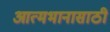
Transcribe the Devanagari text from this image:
आत्मभानासाठी